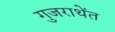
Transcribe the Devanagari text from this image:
गुजराथेंत